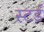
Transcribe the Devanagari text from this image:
स्टर्ड